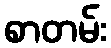
စာတမ်း